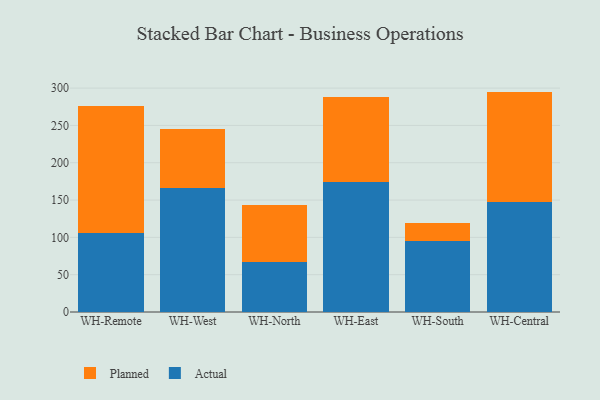
{"axis": {"x": "Warehouse", "y": "Shipments"}, "legend": ["Actual", "Planned"], "data": [{"x": "WH-Remote", "y": 106.2, "type": "Actual"}, {"x": "WH-Remote", "y": 169.7, "type": "Planned"}, {"x": "WH-West", "y": 166.6, "type": "Actual"}, {"x": "WH-West", "y": 78.5, "type": "Planned"}, {"x": "WH-North", "y": 67.1, "type": "Actual"}, {"x": "WH-North", "y": 75.8, "type": "Planned"}, {"x": "WH-East", "y": 173.8, "type": "Actual"}, {"x": "WH-East", "y": 113.7, "type": "Planned"}, {"x": "WH-South", "y": 94.9, "type": "Actual"}, {"x": "WH-South", "y": 23.7, "type": "Planned"}, {"x": "WH-Central", "y": 147.0, "type": "Actual"}, {"x": "WH-Central", "y": 148.3, "type": "Planned"}]}